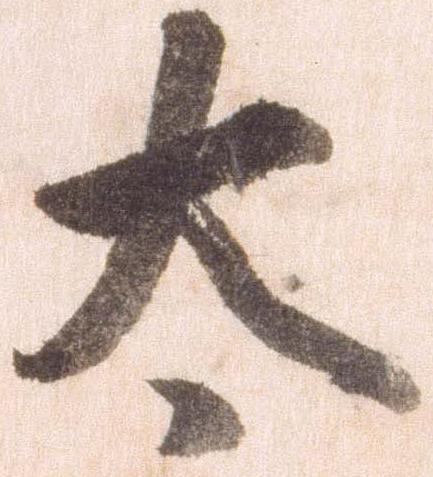
太